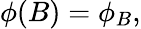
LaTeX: \phi(B)=\phi_{B},